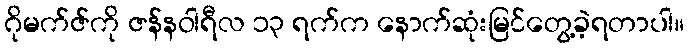
ဂိုမက်ဇ်ကို ဇန်နဝါရီလ ၁၃ ရက်က နောက်ဆုံးမြင်တွေ့ခဲ့ရတာပါ။